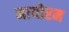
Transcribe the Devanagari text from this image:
मायोरम